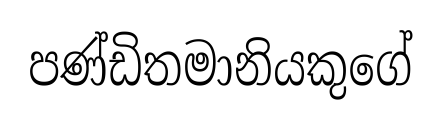
පණ්ඩිතමානියකුගේ